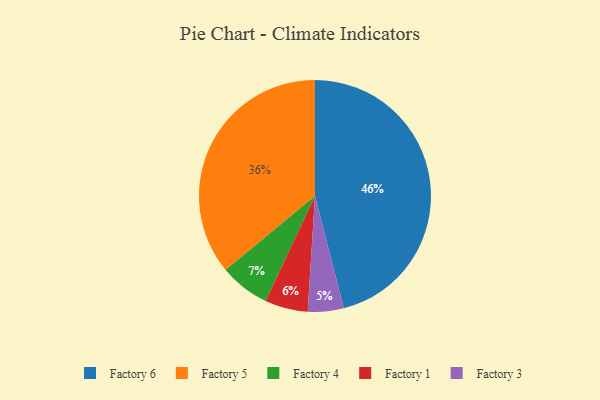
{"axis": {"x": "Category", "y": "Percentage"}, "legend": ["Factory 1", "Factory 3", "Factory 4", "Factory 5", "Factory 6"], "data": [{"x": "Factory 5", "y": 36, "type": "Factory 5"}, {"x": "Factory 4", "y": 7, "type": "Factory 4"}, {"x": "Factory 3", "y": 5, "type": "Factory 3"}, {"x": "Factory 6", "y": 46, "type": "Factory 6"}, {"x": "Factory 1", "y": 6, "type": "Factory 1"}]}